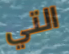
التي